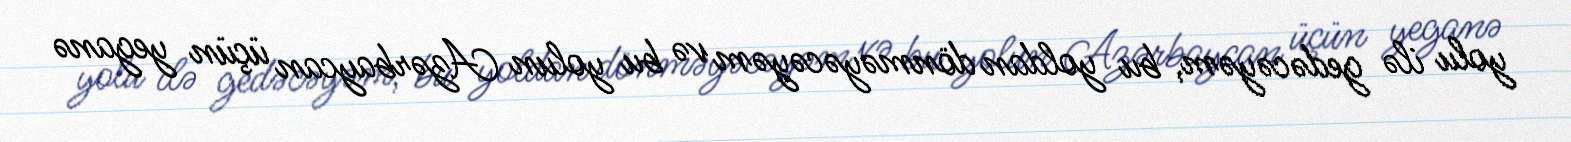
yolu ilə gedəcəyəm, bu yoldan dönməyəcəyəm və bu yolun Azərbaycan üçün yeganə